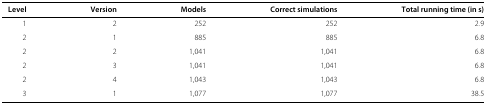
<table><thead><tr><td><b>Level</b></td><td><b>Version</b></td><td><b>Models</b></td><td><b>Correct simulations</b></td><td><b>Total running time (in s)</b></td></tr></thead><tbody><tr><td>1</td><td>2</td><td>252</td><td>252</td><td>2.9</td></tr><tr><td>2</td><td>1</td><td>885</td><td>885</td><td>6.8</td></tr><tr><td>2</td><td>2</td><td>1,041</td><td>1,041</td><td>6.8</td></tr><tr><td>2</td><td>3</td><td>1,041</td><td>1,041</td><td>6.8</td></tr><tr><td>2</td><td>4</td><td>1,043</td><td>1,043</td><td>6.8</td></tr><tr><td>3</td><td>1</td><td>1,077</td><td>1,077</td><td>38.5</td></tr></tbody></table>